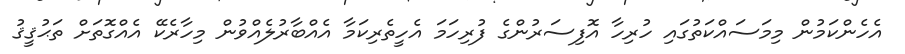
އެހެންކަމުން މިމަސައްކަތުގައި ހުރިހާ އޮފިސަރުންގެ ފުރިހަމަ އެހީތެރިކަމާ އެއްބާރުލެއްވުން މިހާރެކޭ އެއްގޮތަށް ތަޙުޤީޤު